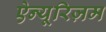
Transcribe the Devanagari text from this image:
ऐन्यूरिज़म